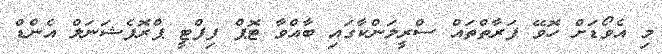
މި އެވޯޑަށް ހޮވޭ ފަރާތްތައް ސްރީލަންކާގައި ބާއްވާ ޓޮޕް ފިފްޓީ ޕްރޮފެޝަަނަލް އެންޑް